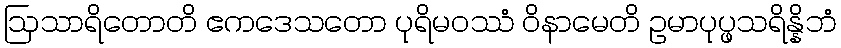
ဩသာရိတောတိ ဧကဒေသတော ပုရိမဝဿံ ဝိနာမေတိ ဥမာပုပ္ဖသရိန္နိဘံ